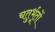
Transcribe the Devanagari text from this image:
चतुर्भूतों